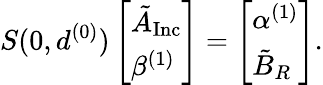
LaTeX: S(0,d^{(0)})\left[\begin{array}{l}{\tilde{A}_{\mathrm{Inc}}}\\ {\beta^{(1)}}\end{array}\right]=\left[\begin{array}{l}{\alpha^{(1)}}\\ {\tilde{B}_{R}}\end{array}\right].